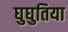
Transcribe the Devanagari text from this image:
घुघुतिया